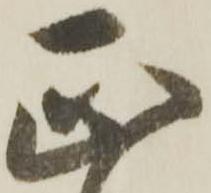
正